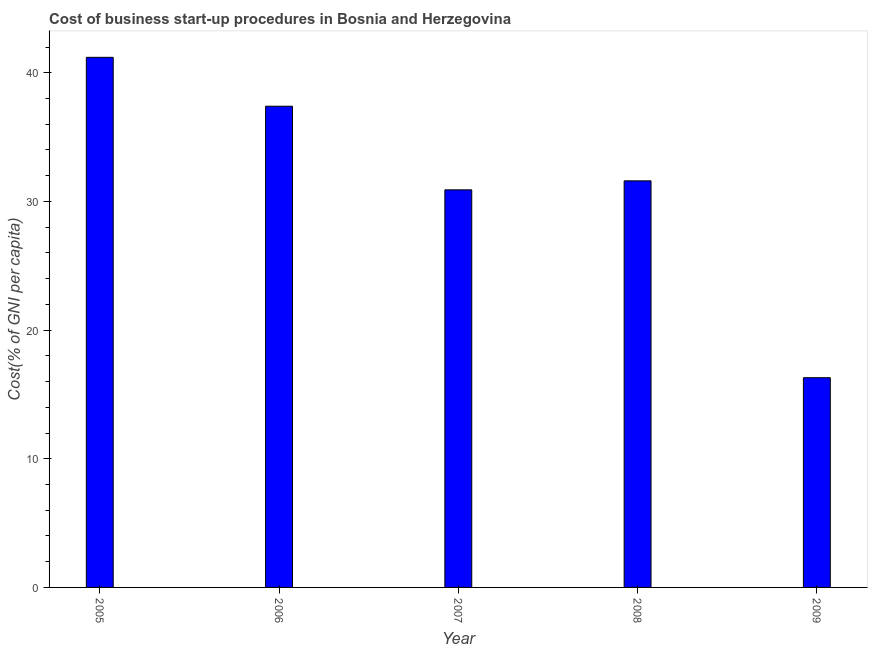
| Year | Cost |
 | --- | --- |
 | 2005 | 41.2 |
 | 2006 | 37.4 |
 | 2007 | 30.9 |
 | 2008 | 31.6 |
 | 2009 | 16.3 |